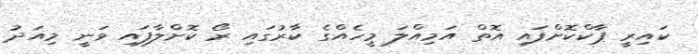
ކައިރީ ޕާކްކޮށްފައި އޮތް އަމިއްލަ މީހެއްގެ ކާރުގައި ރޯ ކޮށްލާފައި ވަނީ މިއަދު